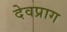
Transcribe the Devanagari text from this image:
देवप्राग